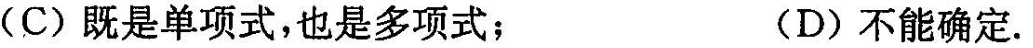
(C)既是单项式，也是多项式；(D)不能确定。